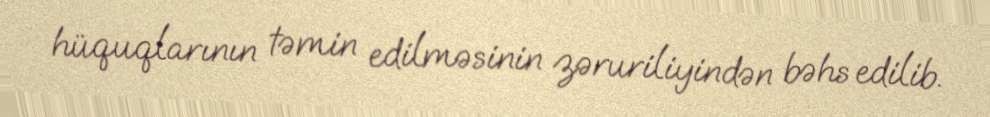
hüquqlarının təmin edilməsinin zəruriliyindən bəhs edilib.